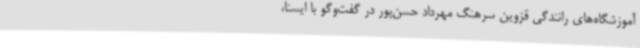
آموزشگاه‌های رانندگی قزوین سرهنگ مهرداد حسن‌پور در گفت‌وگو با ایسنا،